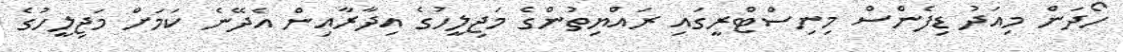
ހޯދަން މިއަދު ޑިފެންސް މިނިސްޓްރީގައި ރައްޔިތުންގެ މަޖިލީހުގެ އިދާރާއިން އެދޭނެ ކަމަށް މަޖިލީހުގެ